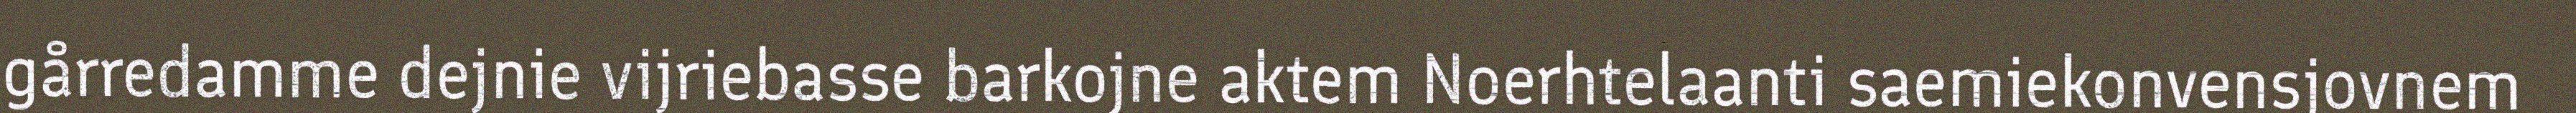
gårredamme dejnie vijriebasse barkojne aktem Noerhtelaanti saemiekonvensjovnem